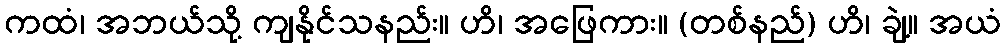
ကထံ၊ အဘယ်သို့ ကျနိုင်သနည်း။ ဟိ၊ အဖြေကား။ (တစ်နည်) ဟိ၊ ချဲ့။ အယံ